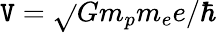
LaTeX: \mathtt{V}=\sqrt{}{{Gm_{p}m_{e}}}e/\hbar